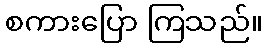
စကားပြော ကြသည်။